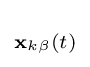
\scriptstyle \mathbf {x} _{k\beta }(t)